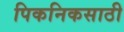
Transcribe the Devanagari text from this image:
पिकनिकसाठी